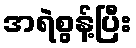
အရဲစွန့်ပြီး